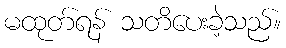
မထုတ်ရန် သတိပေးခဲ့သည်။